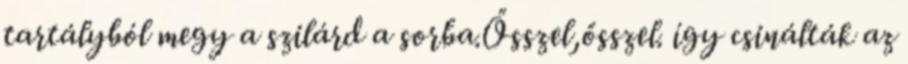
tartályból megy a szilárd a sorba.Ősszel,ősszel. így csinálták az